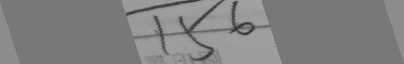
\overline { 1 5 6 }